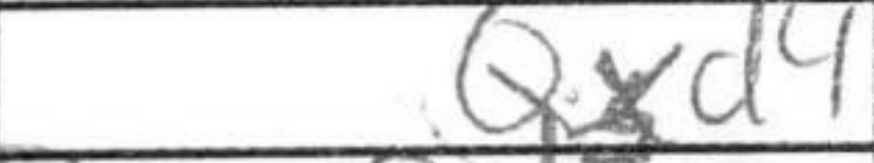
Transcription: Qxd4